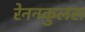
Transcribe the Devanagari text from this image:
रेननकुलस